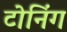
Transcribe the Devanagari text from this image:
टोनिंग